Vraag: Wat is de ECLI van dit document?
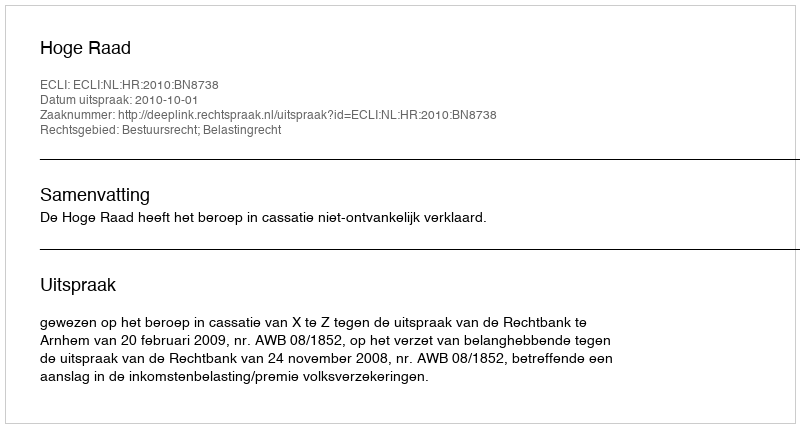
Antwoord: ECLI:NL:HR:2010:BN8738